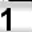
Digit: 1